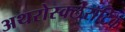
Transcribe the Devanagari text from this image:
अथरोस्क्लेरॉटिक